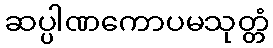
ဆပ္ပါဏကောပမသုတ္တံ